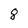
Character: 8